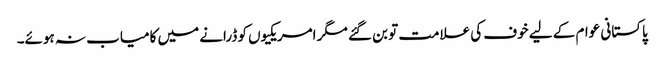
پاکستانی عوام کے لیے خوف کی علامت تو بن گئے مگر امریکیوں کو ڈرانے میں کامیاب نہ ہوئے۔